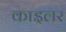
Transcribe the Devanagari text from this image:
काइलर